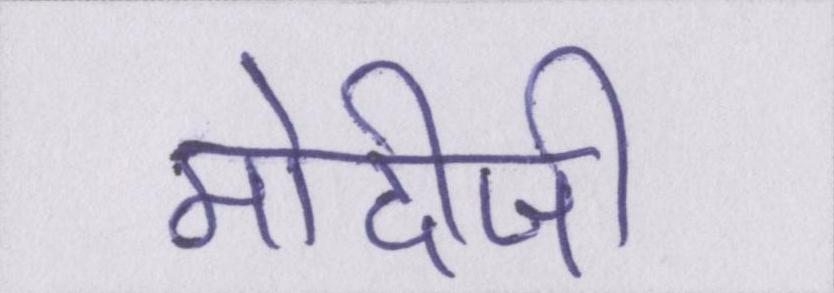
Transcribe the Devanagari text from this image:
मोदीजी